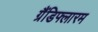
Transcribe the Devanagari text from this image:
ग्रैंडिफ्लारम